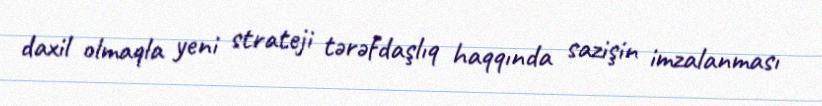
daxil olmaqla yeni strateji tərəfdaşlıq haqqında sazişin imzalanması